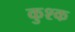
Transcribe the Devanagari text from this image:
कुश्क